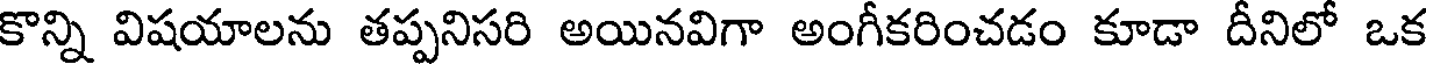
కొన్ని విషయాలను తప్పనిసరి అయినవిగా అంగీకరించడం కూడా దీనిలో ఒక